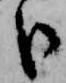
臣